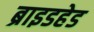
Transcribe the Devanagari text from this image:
ब्राइडहेड